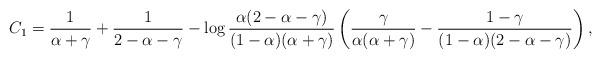
LaTeX: \begin{align*}\begin{array}{l}\displaystyle C_1= \frac{1}{\alpha+\gamma}+\frac{1}{2-\alpha-\gamma} - \log \frac{\alpha(2-\alpha-\gamma)}{(1-\alpha)(\alpha+\gamma)} \left( \frac{\gamma}{\alpha(\alpha+\gamma)} - \frac{1-\gamma}{(1-\alpha)(2-\alpha-\gamma)} \right),\end{array}\end{align*}